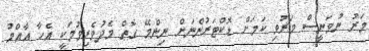
މަރު ނުވަނީސް މަރުވި ކަމަށް ޑޮކްޓަރުންނަށް ނިންމޭ ގޮތް މެދުވެރިވުމަކީ އެހާ އާއްމު